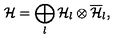
{ \cal H } = \bigoplus _ { l } { \cal H } _ { l } \otimes \overline { { \cal H } } _ { l } ,